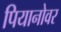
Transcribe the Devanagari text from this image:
पियानोवर